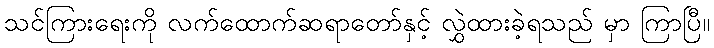
သင်ကြားရေးကို လက်ထောက်ဆရာတော်နှင့် လွှဲထားခဲ့ရသည် မှာ ကြာပြီ။